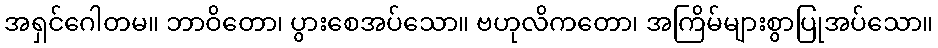
အရှင်ဂေါတမ။ ဘာဝိတော၊ ပွားစေအပ်သော။ ဗဟုလိကတော၊ အကြိမ်များစွာပြုအပ်သော။